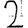
Digit: 2